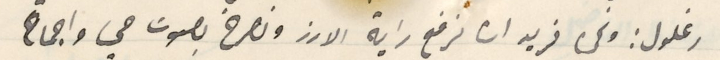
رغلول: ونحن نريد ان نرفع راية الارز ونصرخ بصوت حي واجماع